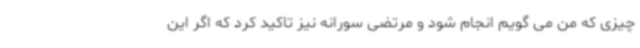
چیزی که من می گویم انجام شود و مرتضی سورانه نیز تاکید کرد که اگر این